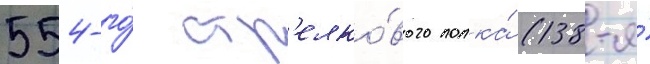
554-го́ стр'елко́вого полка́ (138-я́